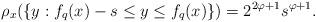
LaTeX: \begin{align*}\rho_x(\{y: f_{q}(x)-s \leq y \leq f_{q}(x)\})=2^{2\varphi+1}s^{\varphi+1}.\end{align*}